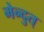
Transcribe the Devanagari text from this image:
मेन्दुत्